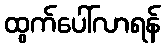
ထွက်ပေါ်လာရန်